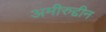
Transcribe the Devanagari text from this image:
अमीरुद्दीन